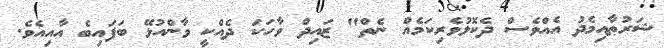
ޝަރުޠާއިމެދު އެއްވެސް ދެކޮޅުވެރިކަމެއް ނެތް" ޒައިދް ވާހަކަ ދެއްކީ ވާންއުޅޭ ބަފައިބެ އާއިއެވެ.